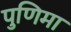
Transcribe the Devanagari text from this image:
पुणिमा